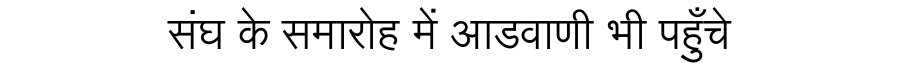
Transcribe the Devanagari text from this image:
संघ के समारोह में आडवाणी भी पहुँचे